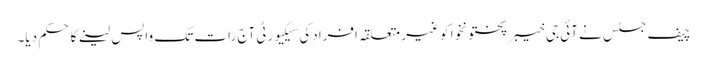
چیف جسٹس نے آئی جی خیبرپختونخوا کو غیر متعلقہ افرادکی سیکیورٹی آج رات تک واپس لینے کا حکم دیا۔